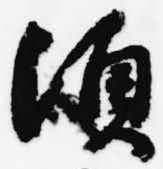
頃